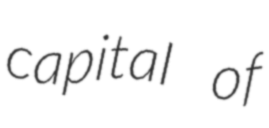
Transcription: capital of